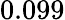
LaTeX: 0.099